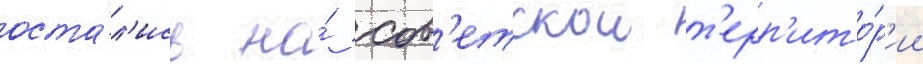
оста́л'ись на́ сов'етскои т'ерр'ито́р'ии